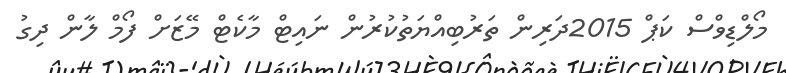
މޯލްޑިވްސް ކަޕް 2015ދަރިން ތަރުބިއްޔަތުކުރުން ނައިޓް މާކެޓް މޭޒަށް ފޯމް ލާން ދިގު